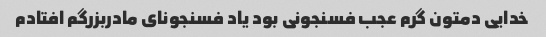
خدایی دمتون گرم عجب فسنجونی بود یاد فسنجونای مادربزرگم افتادم